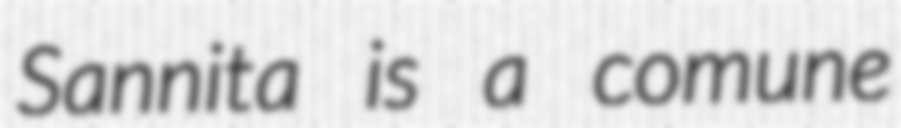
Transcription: Sannita is a comune